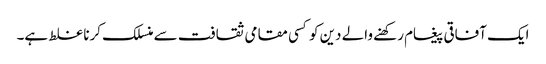
ایک آفاقی پیغام رکھنے والے دین کو کسی مقامی ثقافت سے منسلک کرنا غلط ہے۔